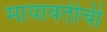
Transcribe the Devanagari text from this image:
मायावतीची